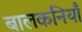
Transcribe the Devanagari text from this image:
बालकनियाँ